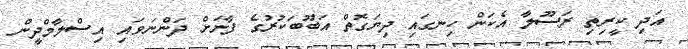
އަދި ކީރިތި ރަސޫލާ އެކަން ހިނގައި ދިޔަގޮތް އަބޫބަކުރުގެ ފާނަށް ދަންނަވައި އިސްލާމްދީން